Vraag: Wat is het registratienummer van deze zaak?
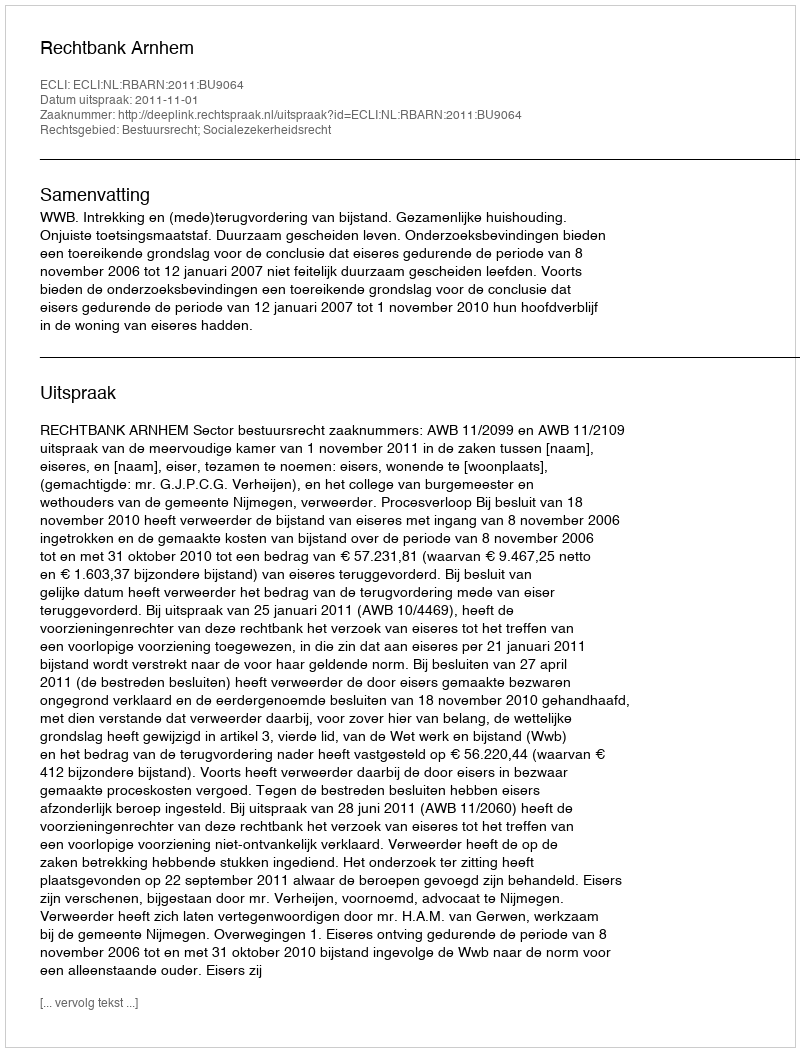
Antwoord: http://deeplink.rechtspraak.nl/uitspraak?id=ECLI:NL:RBARN:2011:BU9064